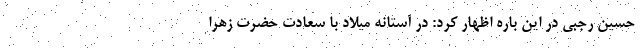
حسین رجبی در این باره اظهار کرد: در آستانه میلاد با سعادت حضرت زهرا